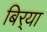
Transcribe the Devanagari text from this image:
बिर्‍या